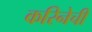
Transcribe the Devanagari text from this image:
करिनेची